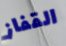
القفاز